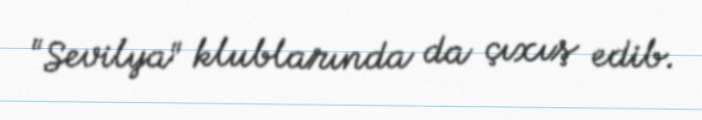
"Sevilya" klublarında da çıxış edib.